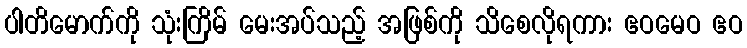
ပါတိမောက်ကို သုံးကြိမ် မေးအပ်သည့် အဖြစ်ကို သိစေလိုရကား ဧဝမေဝ ဧဝ